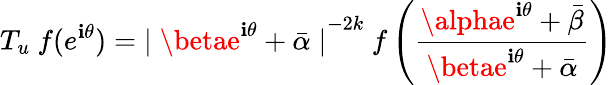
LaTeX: T_{u}~f(e^{\mathbf{i}\theta})={\mid\betae^{\mathbf{i}\theta}+\bar{{\alpha}}\mid}^{-2k}~f\left(\frac{{\alphae^{\mathbf{i}\theta}+\bar{{\beta}}}}{{\betae^{\mathbf{i}\theta}+\bar{{\alpha}}}}\right)